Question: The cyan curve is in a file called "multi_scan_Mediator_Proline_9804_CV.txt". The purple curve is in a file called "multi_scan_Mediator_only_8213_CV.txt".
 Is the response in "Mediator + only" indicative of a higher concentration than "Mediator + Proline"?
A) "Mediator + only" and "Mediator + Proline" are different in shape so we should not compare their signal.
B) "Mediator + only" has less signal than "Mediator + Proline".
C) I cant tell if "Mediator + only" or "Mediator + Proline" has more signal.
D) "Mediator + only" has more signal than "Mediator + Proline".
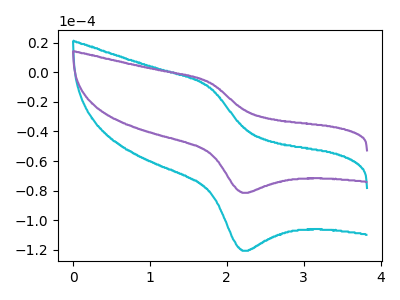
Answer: <think>The cyan curve "Mediator + Proline" has an anodic peak at (1.80V, -10.30uA) and a cathodic peak at (2.20V, -120.70uA). The purple curve "Mediator + only" has an anodic peak at (1.80V, -6.95uA) and a cathodic peak at (2.20V, -81.50uA).
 All the peaks in "Mediator + only" have a peak in "Mediator + Proline" at the same potential.</think>
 <answer>C) I cant tell if "Mediator + only" or "Mediator + Proline" has more signal.</answer>
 <eval>C</eval>